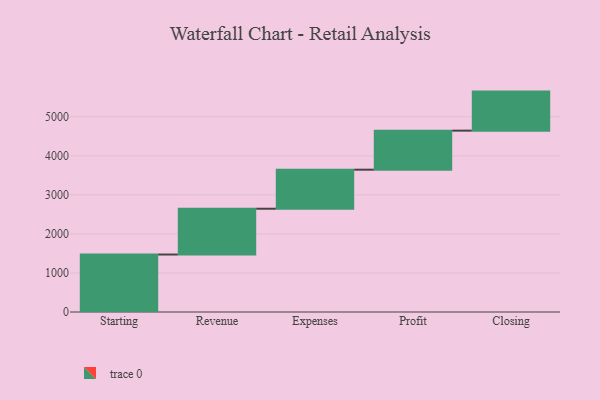
{"axis": {"x": "Step", "y": "Value"}, "legend": [""], "data": [{"x": "Starting", "y": 1472.0, "type": ""}, {"x": "Revenue", "y": 1173.0, "type": ""}, {"x": "Expenses", "y": 1000, "type": ""}, {"x": "Profit", "y": 1000, "type": ""}, {"x": "Closing", "y": 1000, "type": ""}]}